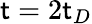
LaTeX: \mathsf{t}=2\mathsf{t}_{D}